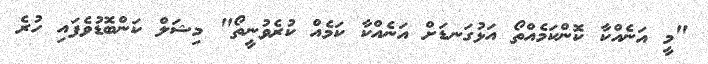
"މީ އަނެއްކާ ކޮންކަމެއްތޯ އަޅުގަނޑަށް އަނެއްކާ ކަމެއް ކުރެވުނީތޯ" މިޝަލް ކަންބޮޑުވެފައި ހުރެ